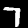
Digit: 7